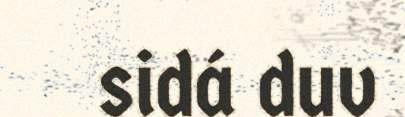
sidá duv